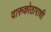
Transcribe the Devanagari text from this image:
दारुकोठाराची